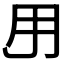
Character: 𱰜